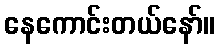
နေကောင်းတယ်နော်။